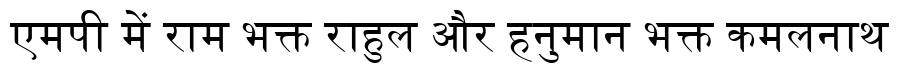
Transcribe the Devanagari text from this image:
एमपी में राम भक्त राहुल और हनुमान भक्त कमलनाथ